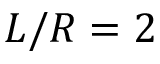
L / R = 2